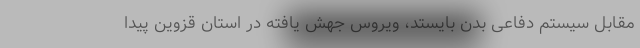
مقابل سیستم دفاعی بدن بایستد، ویروس جهش یافته در استان قزوین پیدا